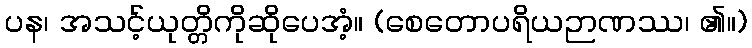
ပန၊ အသင့်ယုတ္တိကိုဆိုပေအံ့။ (စေတောပရိယဉာဏဿ၊ ၏။)